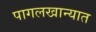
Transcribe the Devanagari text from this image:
पागलखान्यात